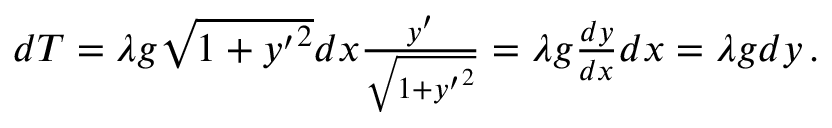
\begin{array} { r } { d T = \lambda g \sqrt { 1 + { y ^ { \prime } } ^ { 2 } } d x \frac { y ^ { \prime } } { \sqrt { 1 + { y ^ { \prime } } ^ { 2 } } } = \lambda g \frac { d y } { d x } d x = \lambda g d y \, . } \end{array}